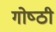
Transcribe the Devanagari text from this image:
गोष्‍ठी